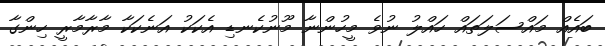
ބައެއް މައްސަލަތައް ހައްލު ނުވެ މީހުންނާ މޫނުކެނޑި އެކަކު އަނެކަކާ މާރާމާރީ ހިންގާ